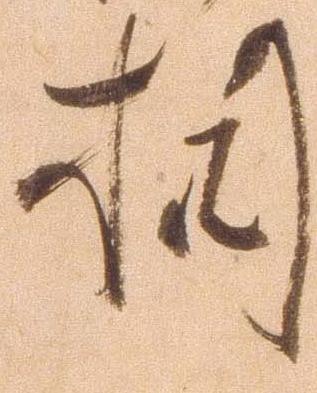
相